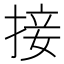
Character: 接